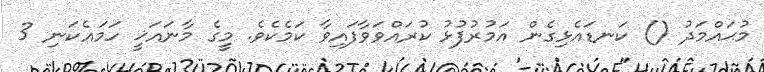
މުޙައްމަދު () ކަނޑައެޅިގެން އަމުރުފުޅު ކުރައްވަވާފައިވާ ކަމެކެވެ. މީގެ މާނައަޚީ ހަމައެކަނި 3